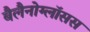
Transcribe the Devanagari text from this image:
बैलैनोग्लॉसस